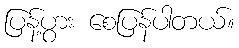
ပြန့်ပွား စေပြန်ပါတယ်။